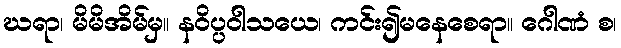
ဃရာ၊ မိမိအိမ်မှ။ နဝိပ္ပဝါသယေ၊ ကင်း၍မနေစေရာ။ ဂေါဏံ စ၊